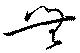
無